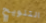
التلويح